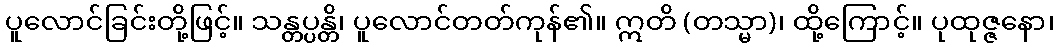
ပူလောင်ခြင်းတို့ဖြင့်။ သန္တပ္ပန္တိ၊ ပူလောင်တတ်ကုန်၏။ ဣတိ (တသ္မာ)၊ ထို့ကြောင့်။ ပုထုဇ္ဇနော၊